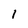
Character: l